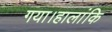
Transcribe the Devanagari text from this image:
गया।हालांकि